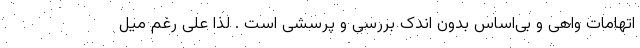
اتهامات واهی و بی‌اساس بدون اندک بررسی و پرسشی است . لذا علی رغم میل